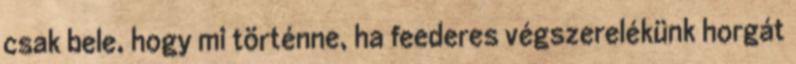
csak bele, hogy mi történne, ha feederes végszerelékünk horgát